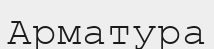
Арматура